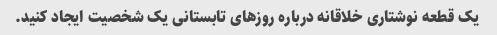
یک قطعه نوشتاری خلاقانه درباره روزهای تابستانی یک شخصیت ایجاد کنید.